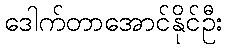
ဒေါက်တာအောင်နိုင်ဦး